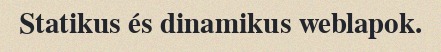
Statikus és dinamikus weblapok.